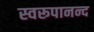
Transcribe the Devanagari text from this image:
स्वरूपानन्द